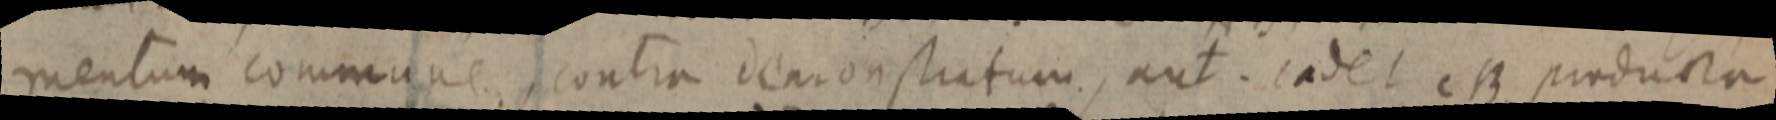
mentum commune, contra demonstratum, aut. cadet CB producta